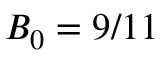
B _ { 0 } = 9 / 1 1